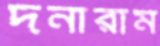
দনারাম